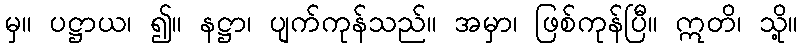
မှ။ ပဋ္ဌာယ၊ ၍။ နဋ္ဌာ၊ ပျက်ကုန်သည်။ အမှာ၊ ဖြစ်ကုန်ပြီ။ ဣတိ၊ သို့။